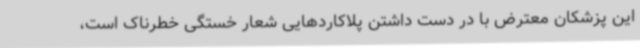
این پزشکان معترض با در دست داشتن پلاکاردهایی شعار خستگی خطرناک است،